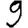
Digit: 9